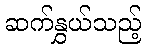
ဆက်နွှယ်သည့်